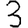
Digit: 3